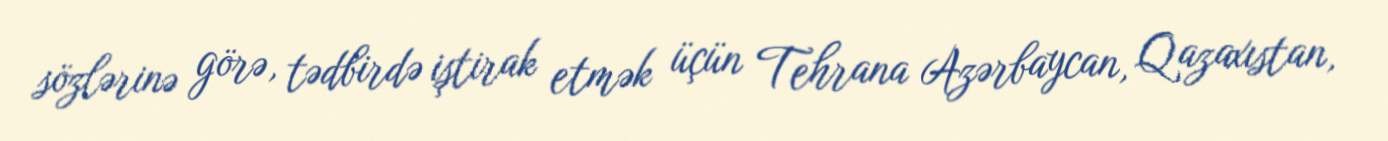
sözlərinə görə, tədbirdə iştirak etmək üçün Tehrana Azərbaycan, Qazaxıstan,